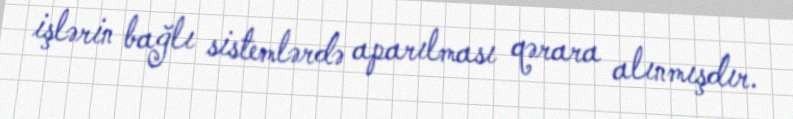
işlərin bağlı sistemlərdə aparılması qərara alınmışdır.